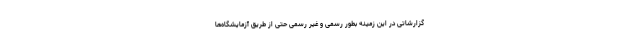
گزارشاتی در این زمینه بطور رسمی و غیر رسمی حتی از طریق آزمایشگاه‌ها